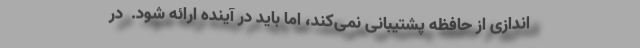
اندازی از حافظه پشتیبانی نمی‌کند، اما باید در آینده ارائه شود. ‌ در